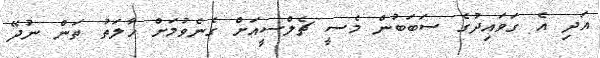
އަދި އެ ގަވައިދުގެ ސަބަބުން މެސީ ޗެލްސީއަށް ގެނެވުމަށް ހާލަތު ތަން ނުދޭ